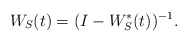
\begin{align*}W_S(t) = (I-W_S^*(t))^{-1}.\end{align*}